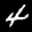
Label: 4